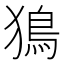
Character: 𤡕